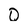
Character: Q